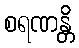
စရဏန္တိ